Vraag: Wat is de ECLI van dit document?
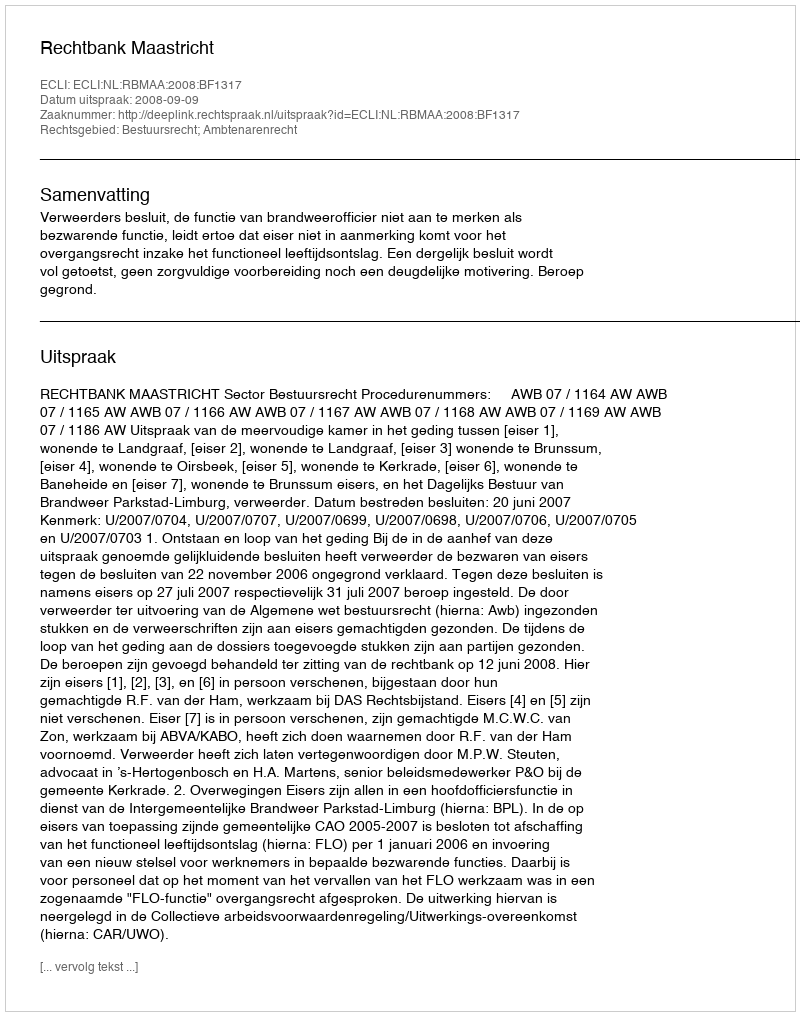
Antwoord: ECLI:NL:RBMAA:2008:BF1317